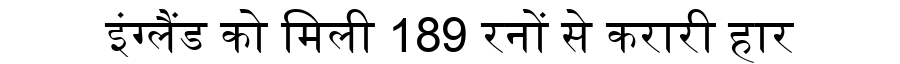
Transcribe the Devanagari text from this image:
इंग्लैंड को मिली 189 रनों से करारी हार